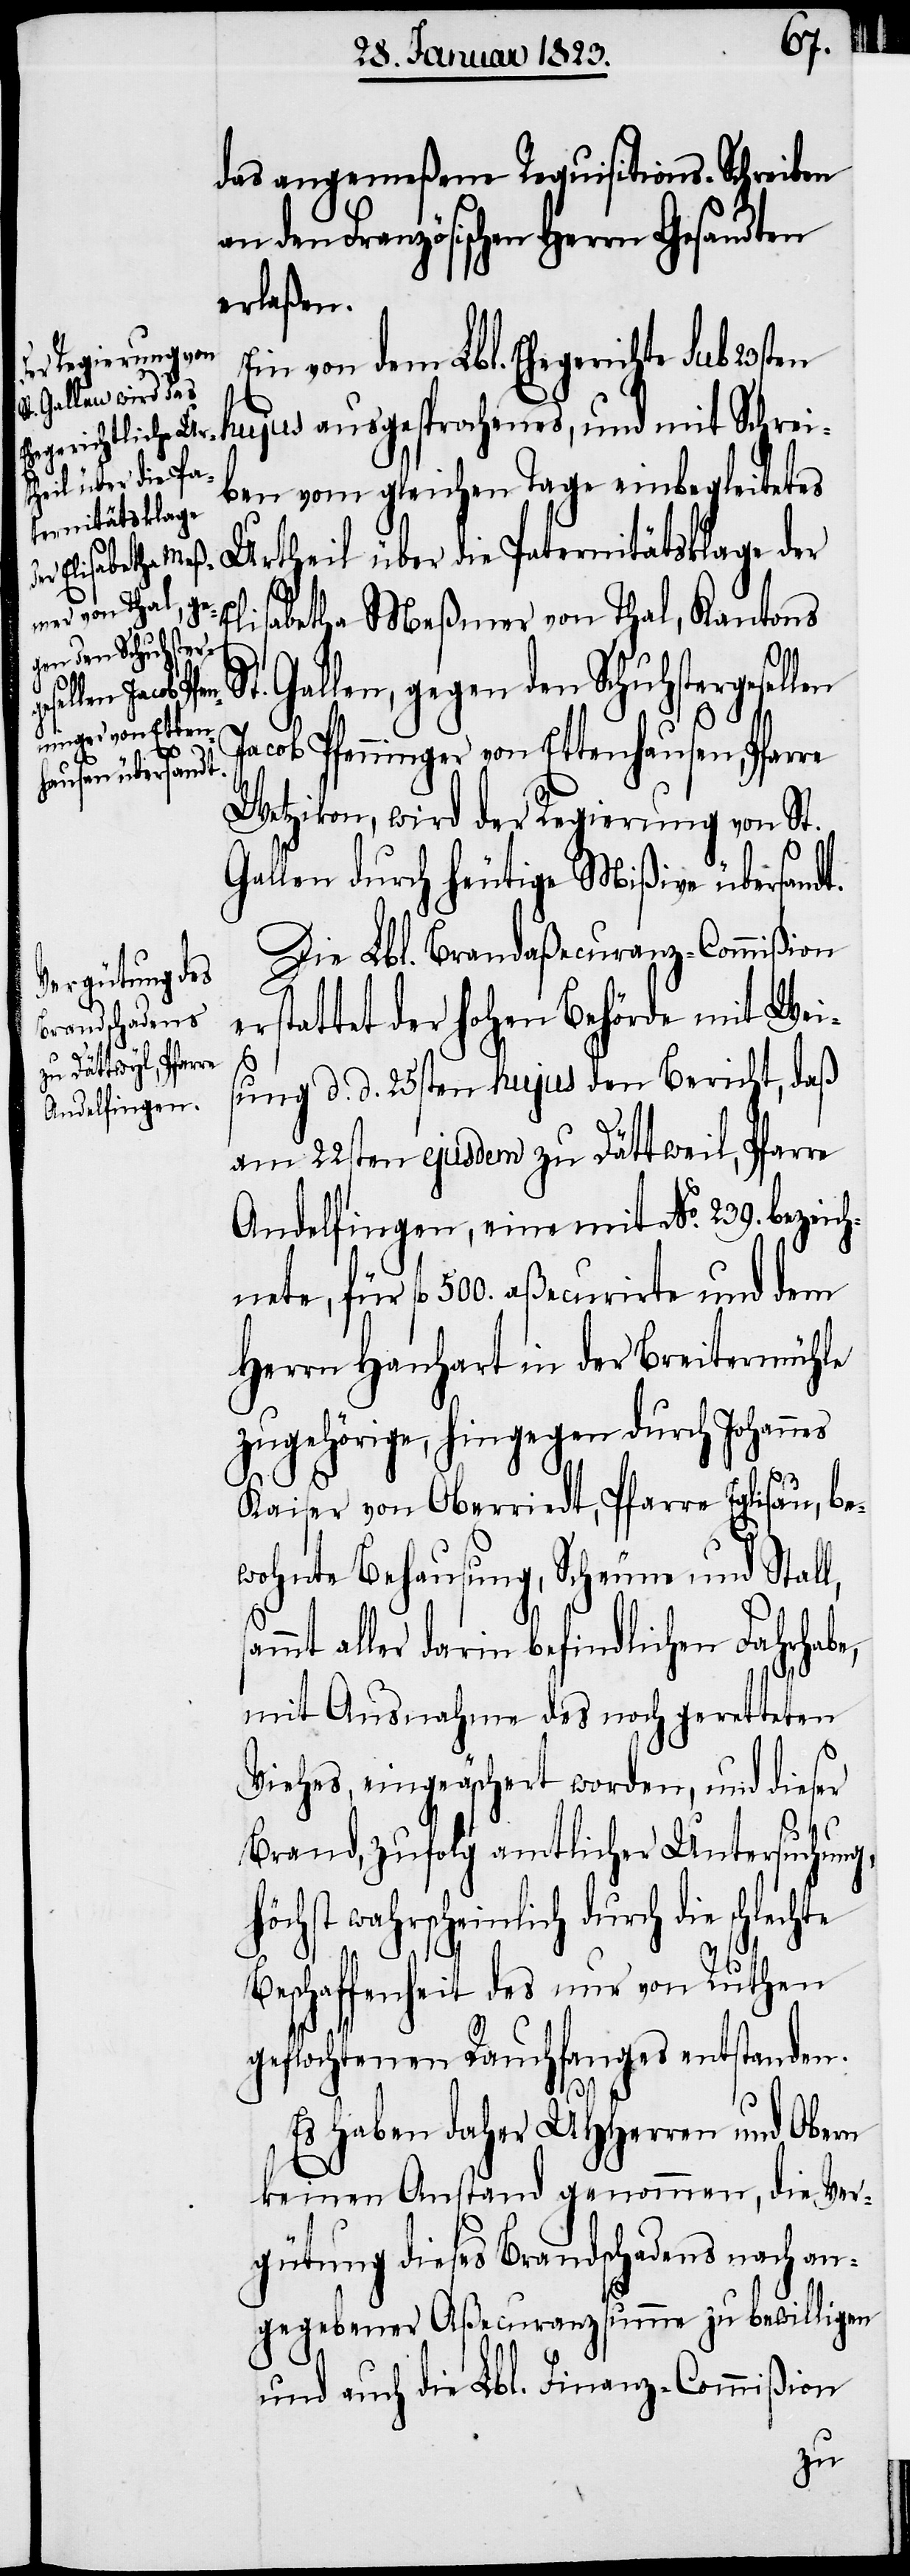
gen den Schuhster¬
gesellen
echte

das angemeßene Requisitions-Schreiben
den Französischen Herrn Gesandten
erlaßen.
Ein von dem Lbl. Ehegerichte sub
h¬
hujus ausgesprochenes, und mit Schrei¬
ben vom gleichen Tage einbegleitetes
Urtheil über die Paternitätsklage der
Elisabetha Meßmer von Thal, Kantons
Jacob Pfenninger von Ettenhausen, Pfarre
Wetzikon, wird der Regierung von St.
Gallen durch heutige Mißive übersan¬
Die Lbl. Brandaßecuranz-Commißion
erstattet der hohen Behörde mit Wei¬
dt.
sung d. d. 25sten hujus den Bericht, daß
am 22sten ejusdem zu Dättweil, Pfarre
Andelfingen, eine mit No. 239. bezeic¬
hnete, für fl. 500. aßecurirte und dem
Herrn Hanhart in der Breitermühle
zugehörige, hingegen durch Johannes
Kaiser von Oberriedt, Pfarre Eglisau, be¬
wohnte Behausung, Scheune und Stall,
aller darin befindlichen Fahrhabe,
mit Ausnahme des noch geretteten
Viehes, eingeäschert worden, und dieser
Brand, zufolg amtlicher Untersuchung,
öchst wahrscheinlich durch die schl¬
Beschaffenheit des nur von Ruthen
geflochtenen Rauchfanges entstanden.
Es haben daher UHHerren und Obern
keinen Anstand genommen, die Ver¬
gütung dieses Brandschadens nach an¬
gegebener Aßecuranzsumme zu bewilligen
und auch die Lbl. Finanz-Commißion